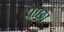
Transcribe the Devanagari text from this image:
पाछा